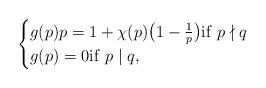
LaTeX: \begin{align*} \begin{cases}g(p)p = 1+\chi(p)\bigl(1-\frac{1}{p}\bigr) {\rm if}\,\, p\nmid q \\g(p) =0 {\rm if}\,\, p\mid q ,\end{cases} \end{align*}